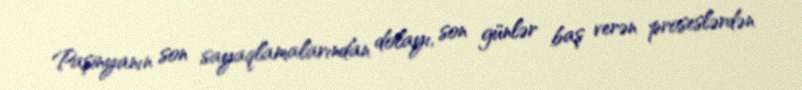
Paşinyanın son sayaqlamalarından dolayı, son günlər baş verən proseslərdən